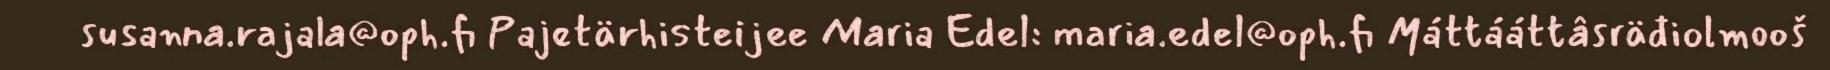
susanna.rajala@oph.fi Pajetärhisteijee Maria Edel: maria.edel@oph.fi Máttááttâsräđiolmooš